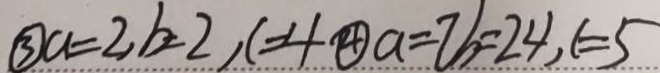
\textcircled { 3 } a = 2 , b = 2 , c = 4 \textcircled { 4 } a = 7 b = 2 4 , c = 5